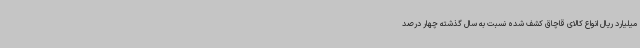
میلیارد ریال انواع کالای قاچاق کشف شده نسبت به سال گذشته چهار درصد